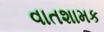
વાતશામક